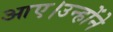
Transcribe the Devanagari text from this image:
आए।उन्होंने